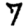
Digit: 7